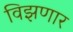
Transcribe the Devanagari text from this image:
विझणार